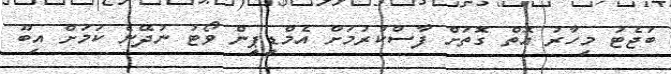
ބަޖެޓު މިހާރު އޮތް ގޮތަށް ފާސްކުރުމަށް އެމްޑީޕީން ވޯޓު ނުދޭނެ ކަމަށް އިބޫ